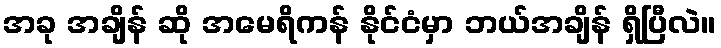
အခု အချိန် ဆို အမေရိကန် နိုင်ငံမှာ ဘယ်အချိန် ရှိပြီလဲ။